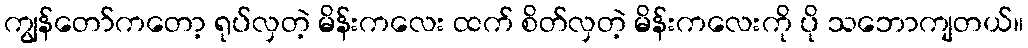
ကျွန်တော်ကတော့ ရုပ်လှတဲ့ မိန်းကလေး ထက် စိတ်လှတဲ့ မိန်းကလေးကို ပို သဘောကျတယ်။